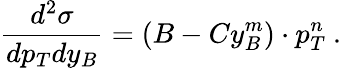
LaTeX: \frac{d^{2}\sigma}{dp_{T}dy_{B}}=(B-Cy_{B}^{m})\cdot p_{T}^{n}~.